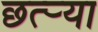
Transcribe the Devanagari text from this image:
छत्र्‍या